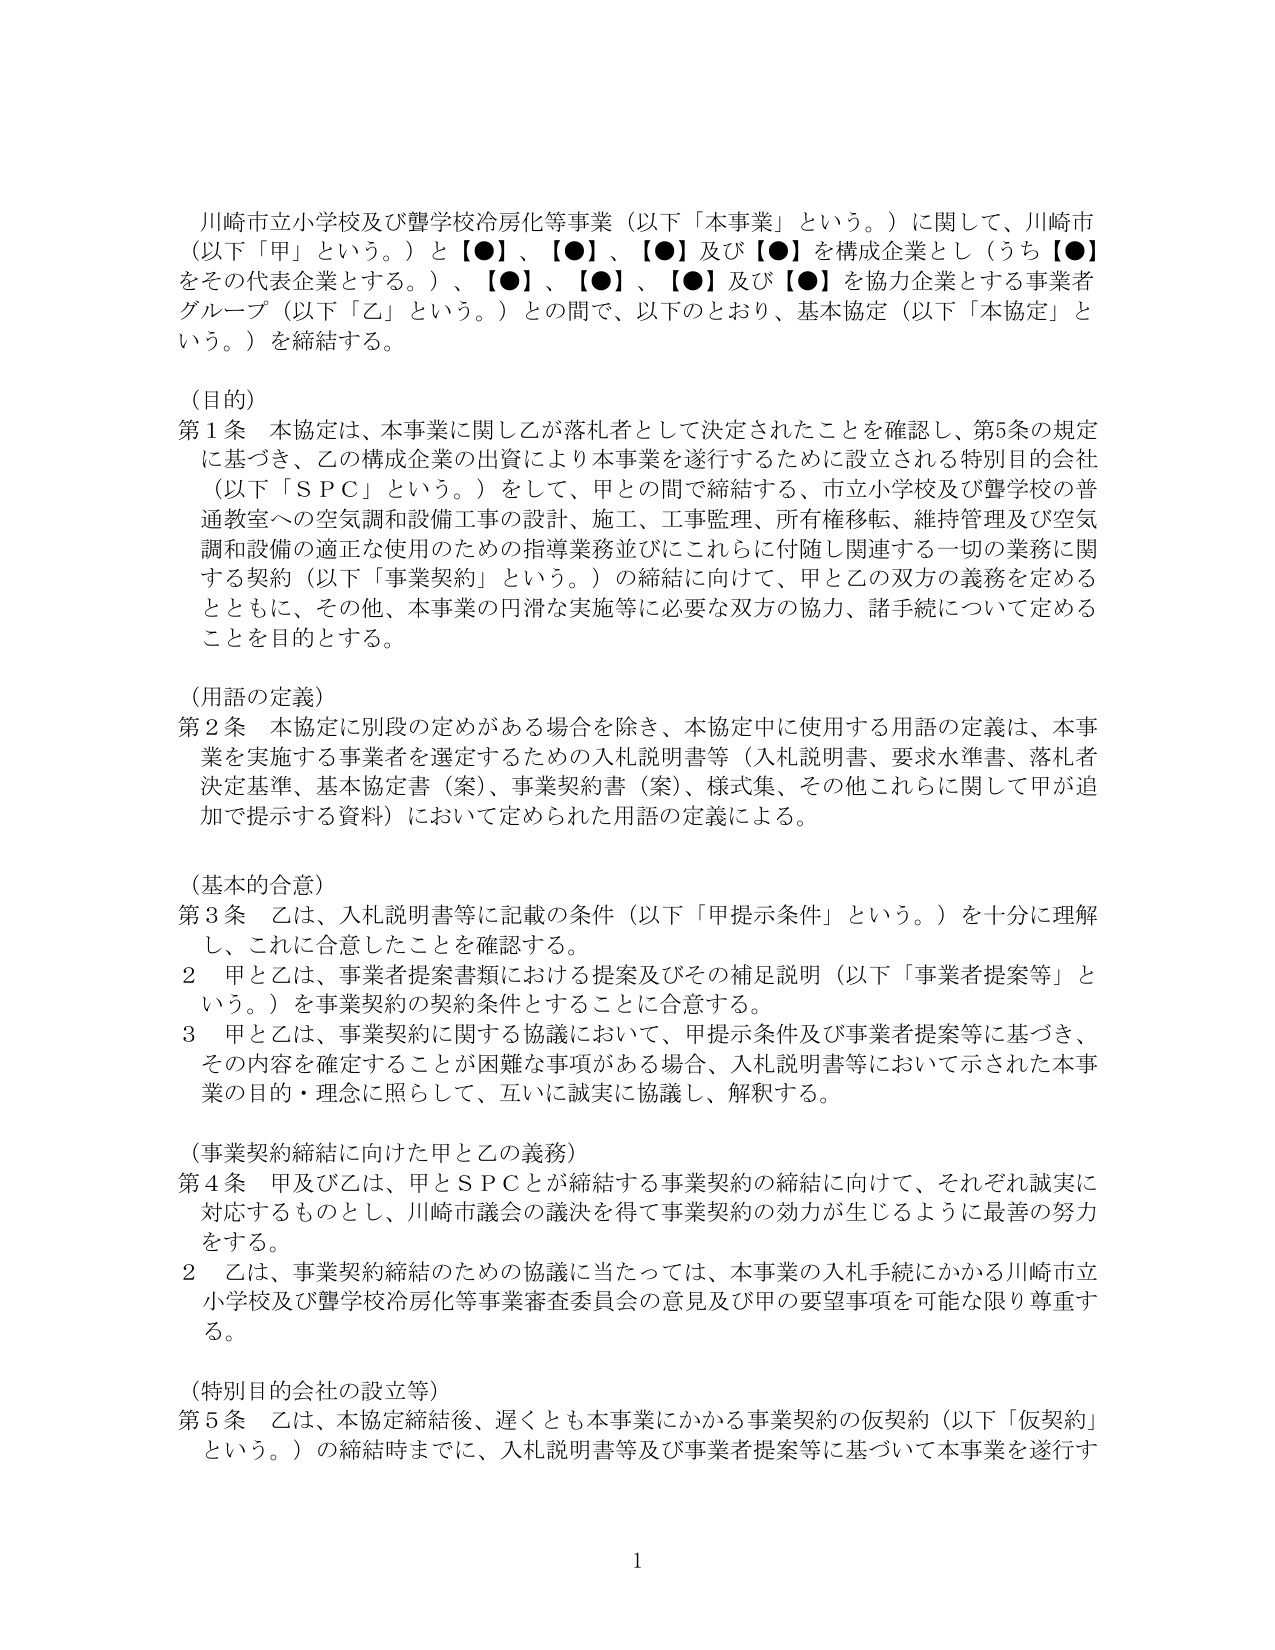
川崎市立小学校及び聾学校冷房化等事業（以下「本事業」という。）に関して、川崎市（以下「甲」という。）と【●】、【●】、【●】及び【●】を構成企業とし（うち【●】をその代表企業とする。）、【●】、【●】、【●】及び【●】を協力企業とする事業者グループ（以下「乙」という。）との間で、以下のとおり、基本協定（以下「本協定」という。）を締結する。

（目的）
第1条 本協定は、本事業に関して乙が落札者として決定されたことを確認し、第5条の規定に基づき、乙の構成企業の出資により本事業を遂行するために設立される特別目的会社（以下「ＳＰＣ」という。）をして、甲との間で締結する、市立小学校及び聾学校の普通教室への空気調和設備工事の設計、施工、工事監理、所有権移転、維持管理及び空気調和設備の適正な使用のための指導業務並びにこれらに付随し関連する一切の業務に関する契約（以下「事業契約」という。）の締結に向けて、甲と乙の双方の義務を定めるとともに、その他、本事業の円滑な実施等に必要な双方の協力、諸手続について定めることを目的とする。

（用語の定義）
第2条 本協定に別段の定めがある場合を除き、本協定中に使用する用語の定義は、本事業を実施する事業者を選定するための入札説明書等（入札説明書、要求水準書、落札者決定基準、基本協定書（案）、事業契約書（案）、様式集、その他これらに関して甲が追加で提示する資料）において定められた用語の定義による。

（基本的合意）
第3条 乙は、入札説明書等に記載の条件（以下「甲提示条件」という。）を十分に理解し、これに合意したことを確認する。
2 甲と乙は、事業者提案書類における提案及びその補足説明（以下「事業者提案等」という。）を事業契約の契約条件とすることに合意する。
3 甲と乙は、事業契約に関する協議において、甲提示条件及び事業者提案等に基づき、その内容を確定することが困難な事項がある場合、入札説明書等において示された本事業の目的・理念に照らして、互いに誠実に協議し、解釈する。

（事業契約締結に向けた甲と乙の義務）
第4条 甲及び乙は、甲とＳＰＣとが締結する事業契約の締結に向けて、それぞれ誠実に対応するものとし、川崎市議会の議決を得て事業契約の効力が生じるように最善の努力をする。
2 乙は、事業契約締結のための協議に当たっては、本事業の入札手続にかかる川崎市立小学校及び聾学校冷房化等事業審査委員会の意見及び甲の要望事項を可能な限り尊重する。

（特別目的会社の設立等）
第5条 乙は、本協定締結後、遅くとも本事業にかかる事業契約の仮契約（以下「仮契約」という。）の締結時までに、入札説明書等及び事業者提案等に基づいて本事業を遂行す

1